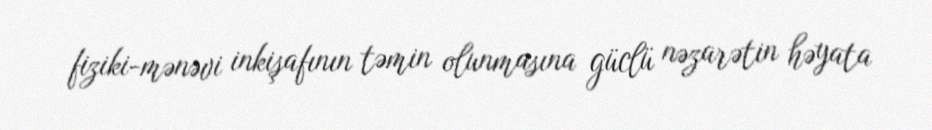
fiziki-mənəvi inkişafının təmin olunmasına güclü nəzarətin həyata